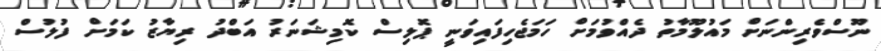
ނޫސްވެރިންނަށް މައުލޫމާތު ދެއްވުމަށް ހަމަޖެހިފައިވަނީ ޕޮލިސް ކޮމިޝަނަރު އަބްދު ރިޔާޒު ކަމަށް ފުލުސް